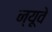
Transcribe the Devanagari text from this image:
न्यूवे